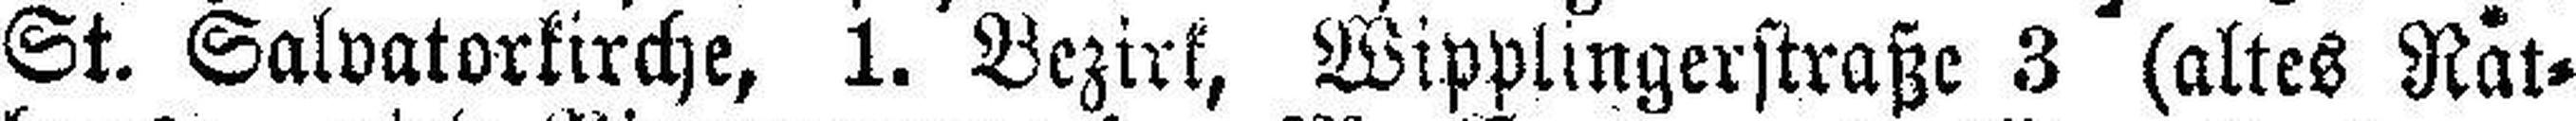
St. Salvatorkirche, 1. Bezirk, Wipplingerstraße 3 (altes Rat¬